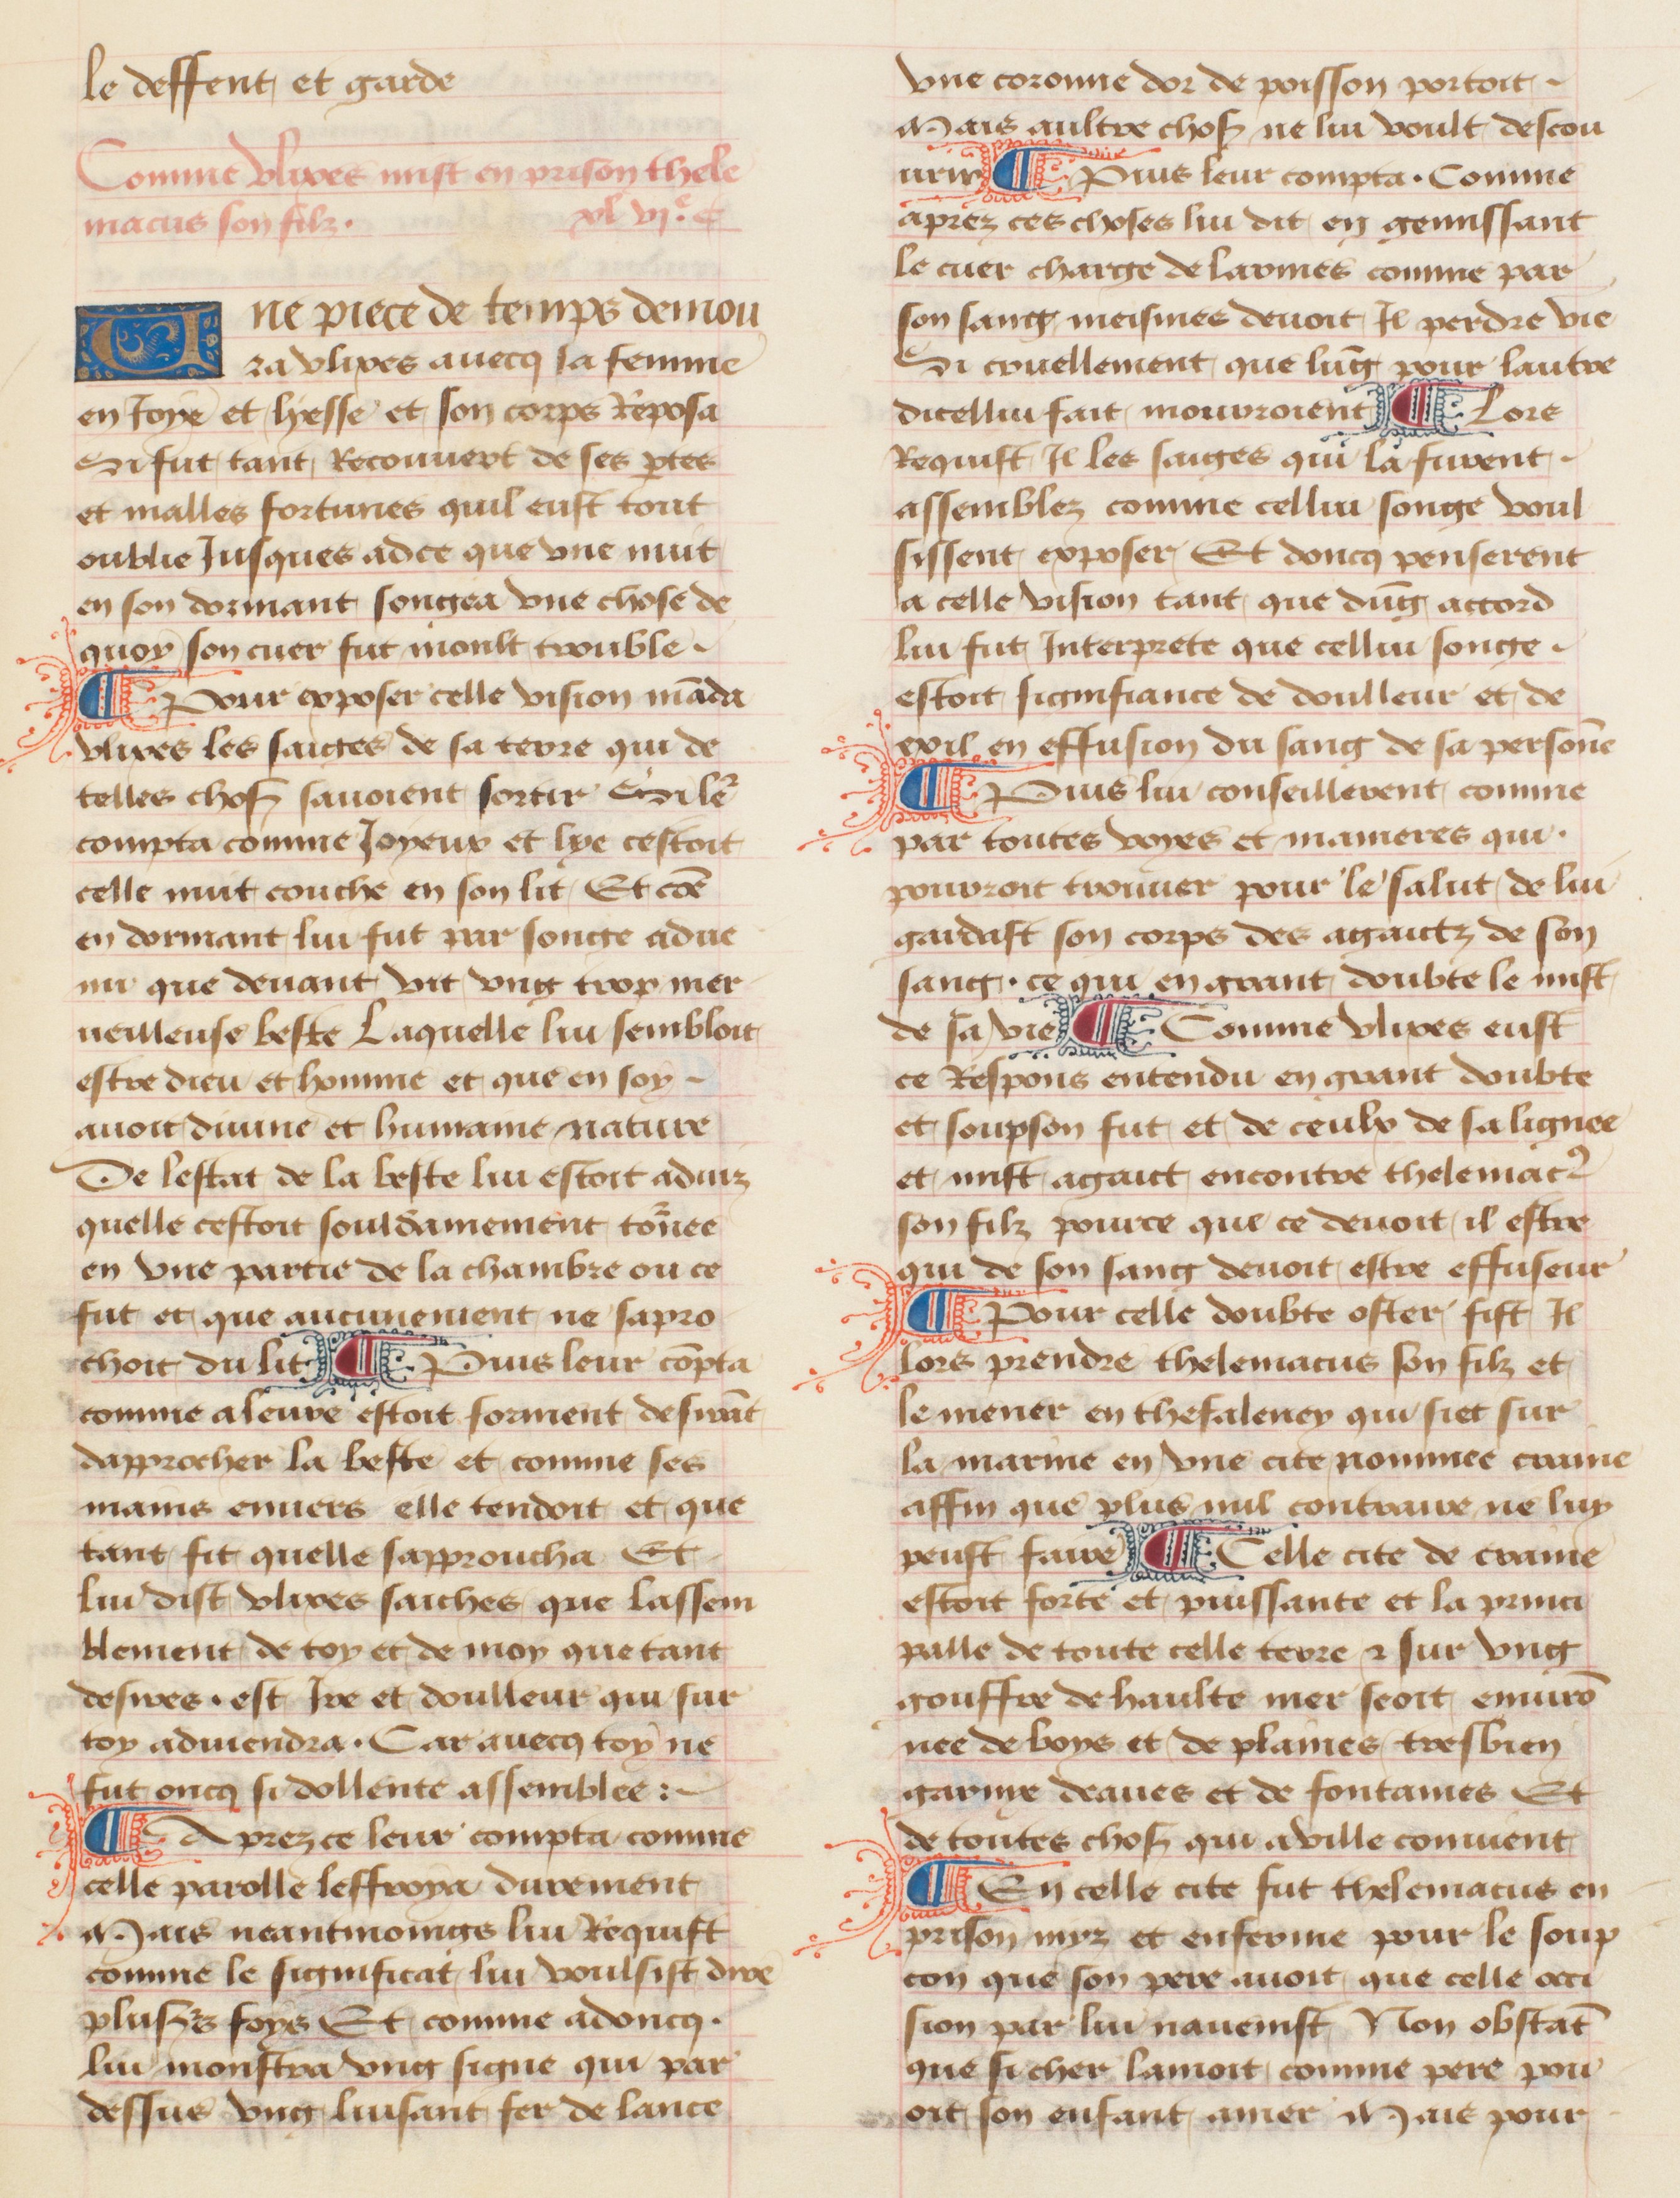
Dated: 1457–1482